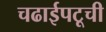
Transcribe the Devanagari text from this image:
चढाईपटूची